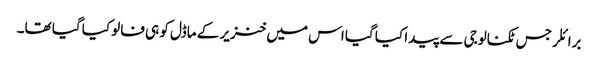
برائلر جس ٹکنالوجی سے پیدا کیا گیا اس میں خنزیر کے ماڈل کو ہی فالو کیا گیا تھا۔